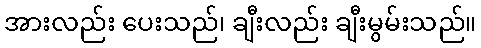
အားလည်း ပေးသည်၊ ချီးလည်း ချီးမွမ်းသည်။